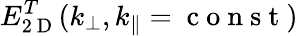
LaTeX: E_{2\mathrm{~D~}}^{T}(k_{\perp},k_{\parallel}=\mathrm{~c~o~n~s~t~})